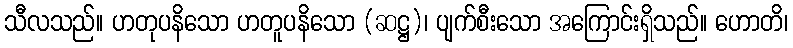
သီလသည်။ ဟတုပနိသော ဟတူပနိသော (ဆဋ္ဌ)၊ ပျက်စီးသော အကြောင်းရှိသည်။ ဟောတိ၊